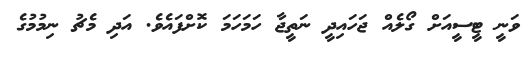
ވަނީ ޓީސީއަށް ގޯލެއް ޖަހައިދީ ނަތީޖާ ހަމަހަމަ ކޮށްފައެވެ. އަދި މެޗު ނިމުމުގެ